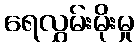
ရေလွှမ်းမိုးမှု